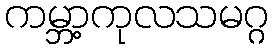
ကမ္ဘာ့ကုလသမဂ္ဂ